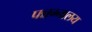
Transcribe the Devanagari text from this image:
पन्नग्नालय